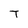
Character: T